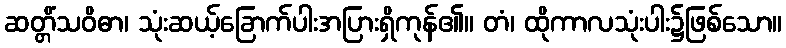
ဆတ္တိံသဝိဓာ၊ သုံးဆယ့်ခြောက်ပါးအပြားရှိကုန်၏။ တံ၊ ထိုကာလသုံးပါး၌ဖြစ်သော။